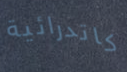
كاتدرائية